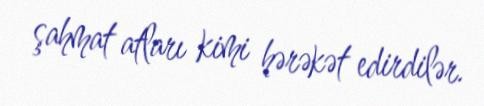
şahmat atları kimi hərəkət edirdilər.